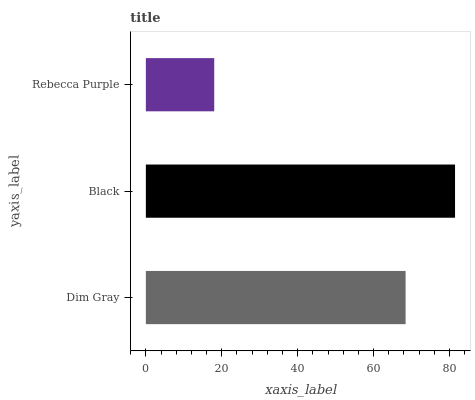
| yaxis_label | bars |
 | --- | --- |
 | Dim Gray | 68.4 |
 | Black | 81.4 |
 | Rebecca Purple | 18 |